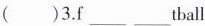
( )3.f___ ___tball